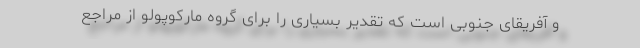
و آفریقای جنوبی است که تقدیر بسیاری را برای گروه مارکوپولو از مراجع